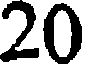
20